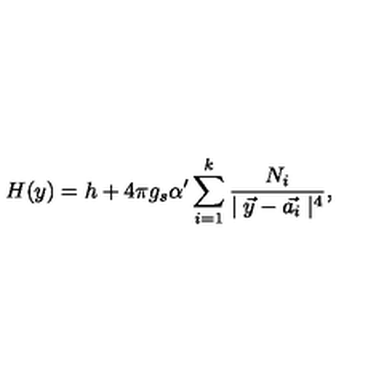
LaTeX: H ( y ) = h + 4 \pi g _ { s } \alpha ^ { \prime } \sum _ { i = 1 } ^ { k } \frac { N _ { i } } { \mid \vec { y } - \vec { a _ { i } } \mid ^ { 4 } } ,